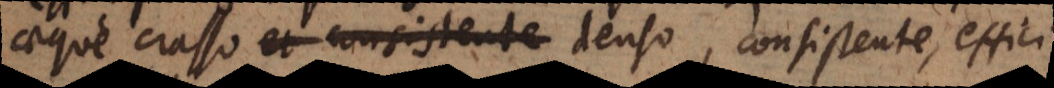
aeque crasso, et consistente denso, consistente, effici